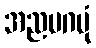
အညမဂမုံ